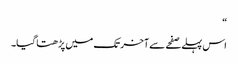
“
اس پہلے صفحے سے آخر تک میں پڑھتا گیا۔